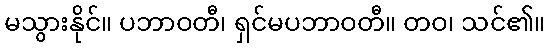
မသွားနိုင်။ ပဘာဝတီ၊ ရှင်မပဘာဝတီ။ တဝ၊ သင်၏။